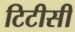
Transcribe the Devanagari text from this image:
टिटीसी